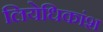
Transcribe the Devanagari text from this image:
लियेधिकांश